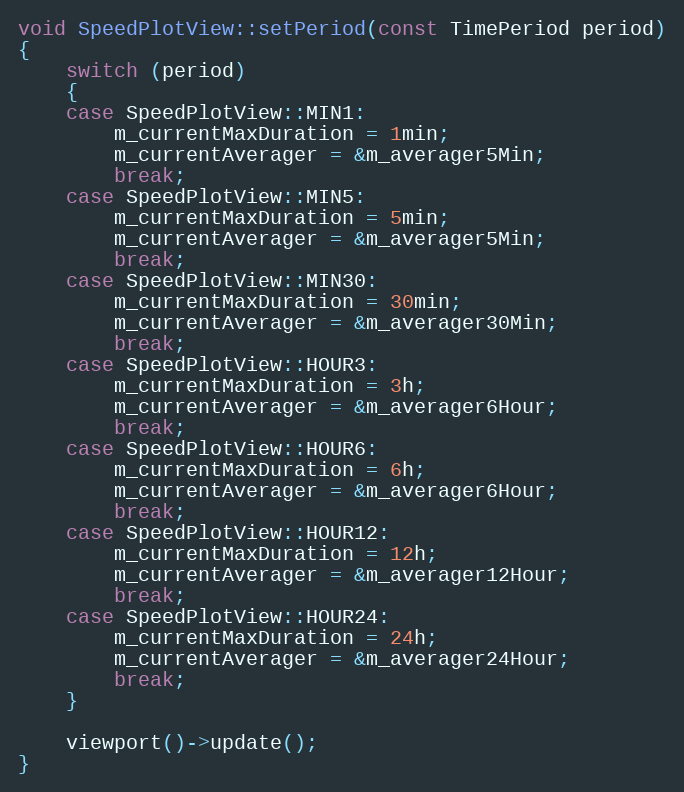
Language: C++
void SpeedPlotView::setPeriod(const TimePeriod period)
{
    switch (period)
    {
    case SpeedPlotView::MIN1:
        m_currentMaxDuration = 1min;
        m_currentAverager = &m_averager5Min;
        break;
    case SpeedPlotView::MIN5:
        m_currentMaxDuration = 5min;
        m_currentAverager = &m_averager5Min;
        break;
    case SpeedPlotView::MIN30:
        m_currentMaxDuration = 30min;
        m_currentAverager = &m_averager30Min;
        break;
    case SpeedPlotView::HOUR3:
        m_currentMaxDuration = 3h;
        m_currentAverager = &m_averager6Hour;
        break;
    case SpeedPlotView::HOUR6:
        m_currentMaxDuration = 6h;
        m_currentAverager = &m_averager6Hour;
        break;
    case SpeedPlotView::HOUR12:
        m_currentMaxDuration = 12h;
        m_currentAverager = &m_averager12Hour;
        break;
    case SpeedPlotView::HOUR24:
        m_currentMaxDuration = 24h;
        m_currentAverager = &m_averager24Hour;
        break;
    }

    viewport()->update();
}